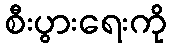
စီးပွားရေးကို